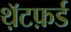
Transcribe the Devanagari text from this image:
थ़ॅटफ़र्ड